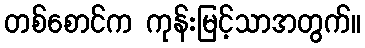
တစ်စောင်က ကုန်းမြင့်သာအတွက်။